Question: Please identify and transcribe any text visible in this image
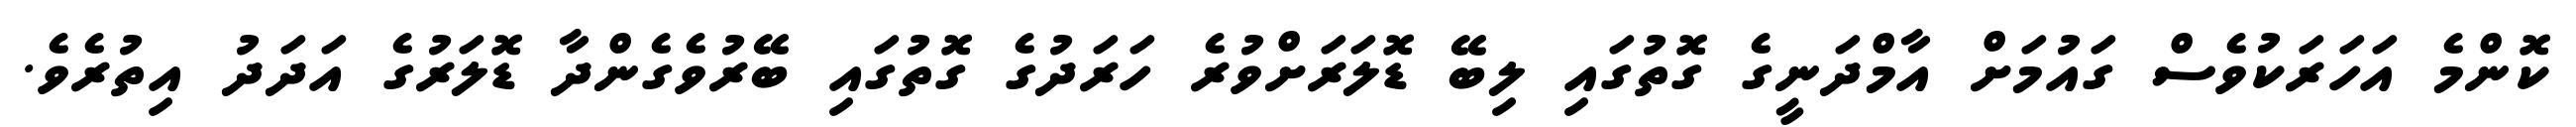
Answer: ކޮންމެ އަހަރަކުވެސް ގައުމަށް އާމްދަނީގެ ގޮތުގައި ލިބޭ ޑޮލަރަށްވުރެ ހަރަދުގެ ގޮތުގައި ބޭރުވެގެންދާ ޑޮލަރުގެ އަދަދު އިތުރެވެ.